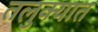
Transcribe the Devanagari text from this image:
तलुक्यात